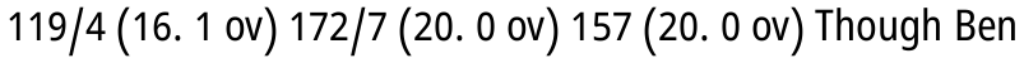
119/4 (16. 1 ov) 172/7 (20. 0 ov) 157 (20. 0 ov) Though Ben